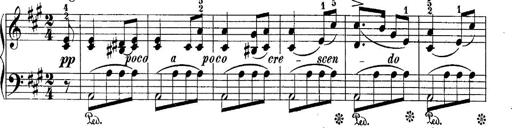
Title: 10 Sonatines progressives
Composer: Anton Schmoll